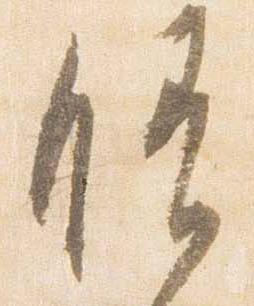
晴